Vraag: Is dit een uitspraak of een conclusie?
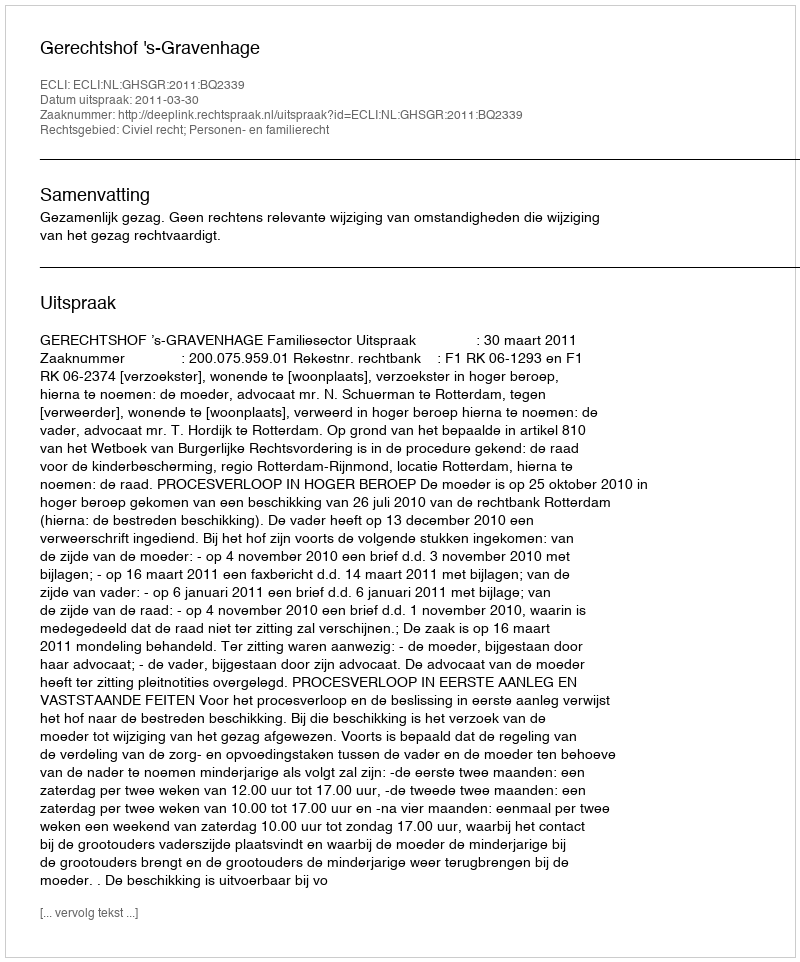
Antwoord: Uitspraak